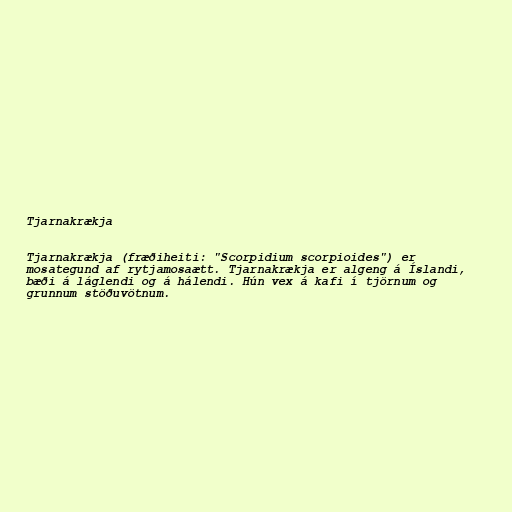
Tjarnakrækja

Tjarnakrækja (fræðiheiti: "Scorpidium scorpioides") er
mosategund af rytjamosaætt. Tjarnakrækja er algeng á Íslandi,
bæði á láglendi og á hálendi. Hún vex á kafi í tjörnum og
grunnum stöðuvötnum.